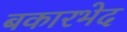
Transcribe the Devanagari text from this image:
बकारभेद